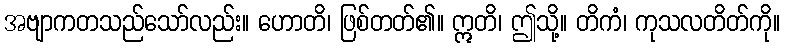
အဗျာကတသည်သော်လည်း။ ဟောတိ၊ ဖြစ်တတ်၏။ ဣတိ၊ ဤသို့။ တိကံ၊ ကုသလတိတ်ကို။